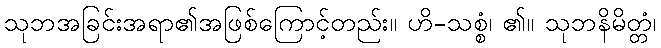
သုဘအခြင်းအရာ၏အဖြစ်ကြောင့်တည်း။ ဟိ-သစ္စံ၊ ၏။ သုဘနိမိတ္တံ၊